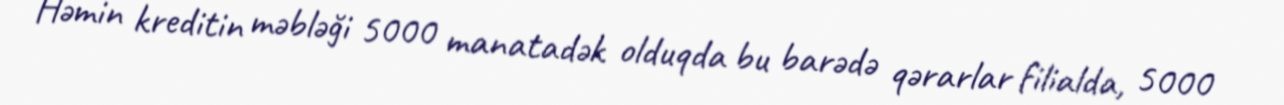
Həmin kreditin məbləği 5000 manatadək olduqda bu barədə qərarlar filialda, 5000